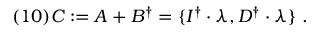
( 1 0 ) C : = A + B ^ { \dagger } = \{ I ^ { \dagger } \cdot \lambda , D ^ { \dagger } \cdot \lambda \} \ .